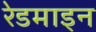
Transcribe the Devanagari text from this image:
रेडमाइन